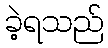
ခဲ့ရသည်